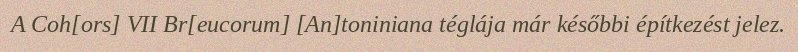
A Coh[ors] VII Br[eucorum] [An]toniniana téglája már későbbi építkezést jelez.